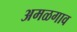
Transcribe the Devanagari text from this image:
अमळगाव